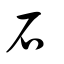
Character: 石